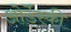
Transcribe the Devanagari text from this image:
ओर्डेस्की